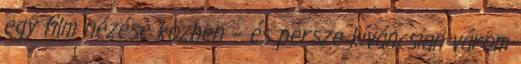
egy film nézése közben – és persze kíváncsian várom